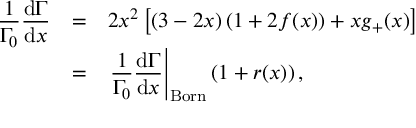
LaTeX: \begin{array} { r c l } { { \displaystyle \frac { 1 } { \Gamma _ { 0 } } \frac { \mathrm { d } \Gamma } { \mathrm { d } x } } } & { { = } } & { { 2 x ^ { 2 } \left[ ( 3 - 2 x ) \left( 1 + 2 f ( x ) \right) + x g _ { + } ( x ) \right] } } \\ { { \displaystyle } } & { { = } } & { { \displaystyle \left. \frac { 1 } { \Gamma _ { 0 } } \frac { \mathrm { d } \Gamma } { \mathrm { d } x } \right| _ { \mathrm { B o r n } } ( 1 + r ( x ) ) \, , } } \end{array}